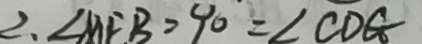
\therefore \angle M F B = 9 0 = \angle C D G